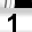
Digit: 1